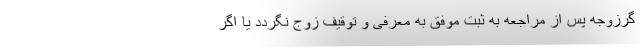
گرزوجه پس از مراجعه به ثبت موفق به معرفی و توقیف زوج نگردد یا اگر